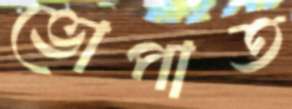
ভোপাত